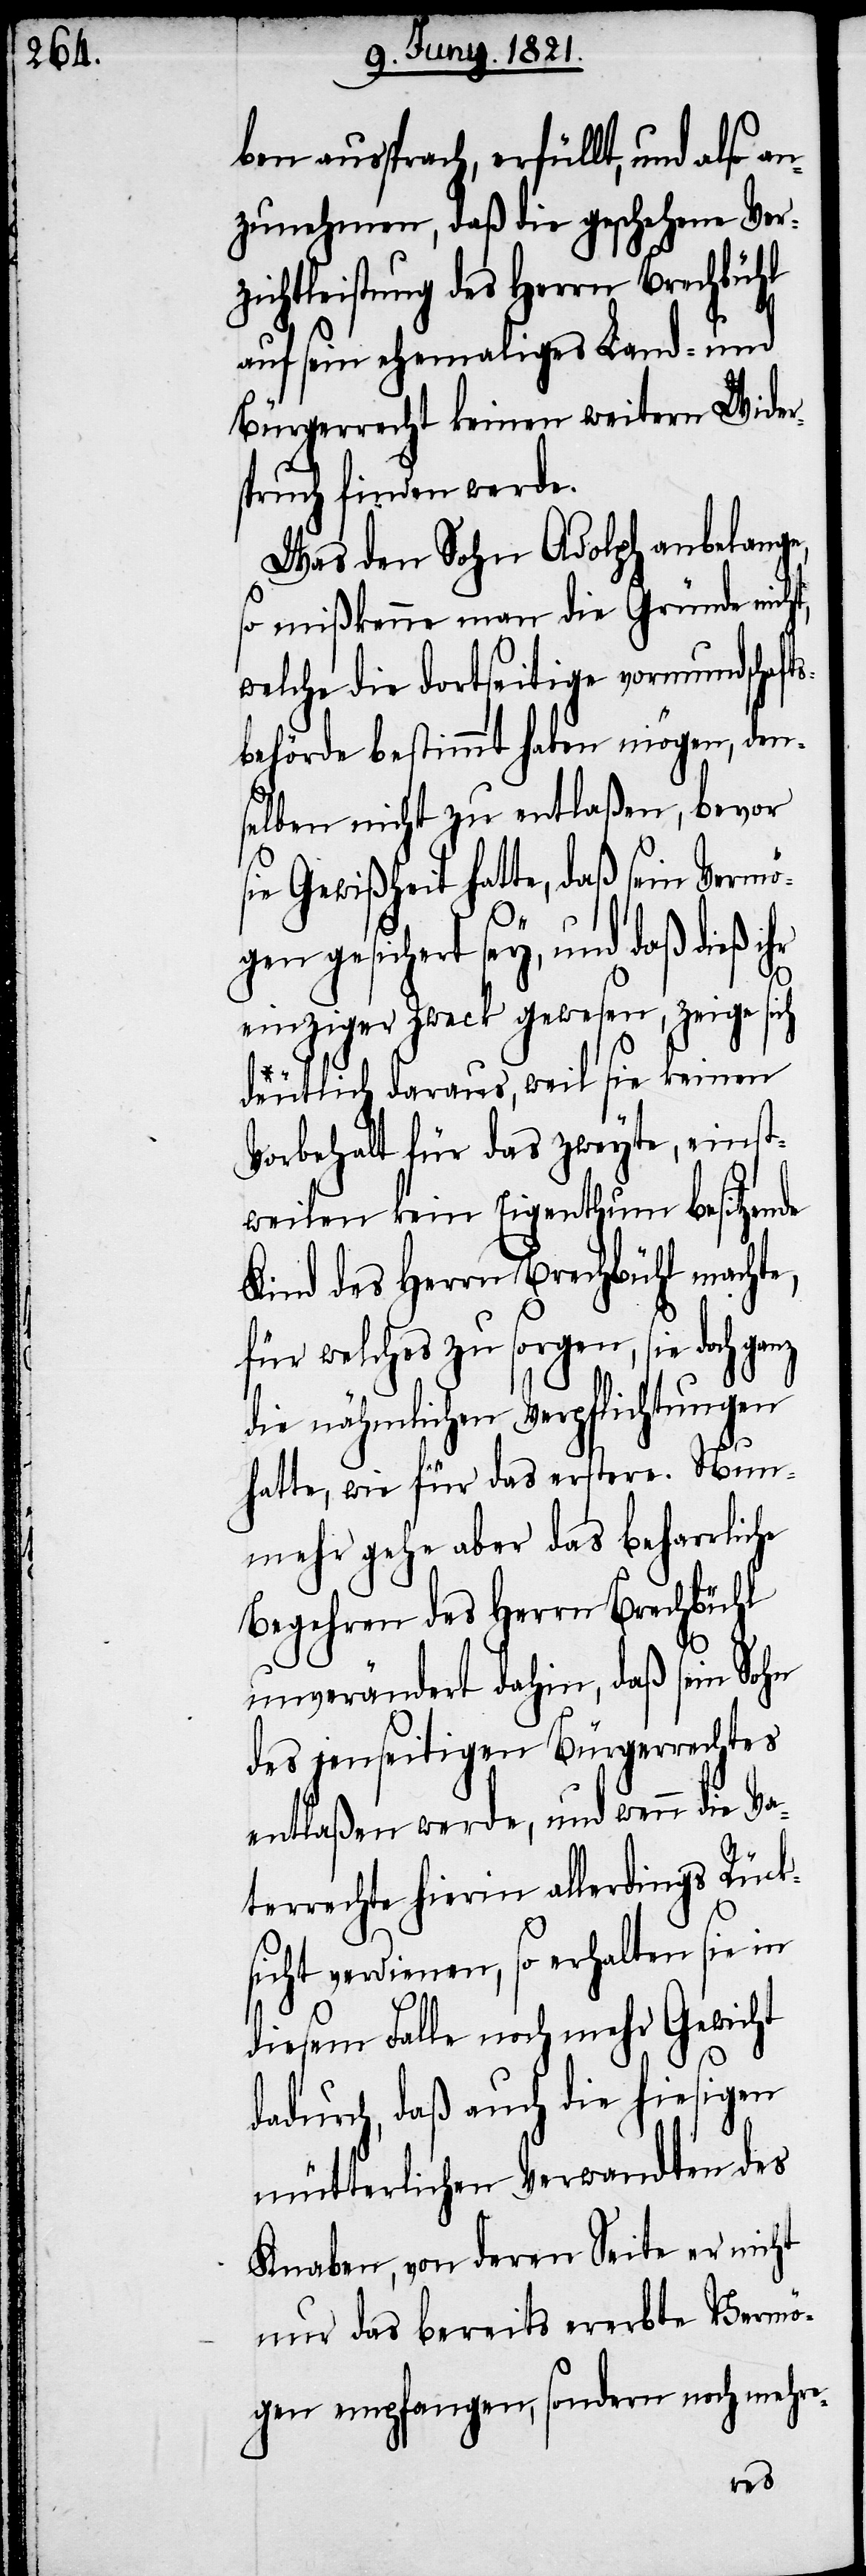
ben aussprach, erfüllt, und also an¬
zunehmen, daß die geschehene Ver¬
tleistung des Herrn Brechbü¬
auf sein ehemaliges Land- und
Bürgerrecht keinen weitern Wider¬
spruch finden werde.
Was den Sohn Adolph anbelange,
mißkenne man die Gründe nich¬
welche die dortseitige Vormundschaf¬
behörde bestimmt haben mögen, den¬
selben nicht zu entlaßen, bevor
sie Gewißheit hatte, daß sein Vermö¬
gen gesichert sey, und daß dieß ihr
anz
einziger Zweck gewesen, zeige
deutlich daraus, weil sie keinen
Vorbehalt für das zweyte, einst¬
weilen kein Eigenthum besitzende
Kind des Herrn Brechbühl machte,
für welches zu sorgen, sie doch g¬
die nähmlichen Verpflichtungen
hatte, wie für das erstere. Nun¬
mehr gehe aber das beharrliche
Begehren des Herrn Brechbühl
unverändert dahin, daß sein Sohn
des jenseitigen Bürgerrechtes
entlaßen werde, und wenn die Va¬
terrechte hierin allerdings Rück¬
sicht verdienen, so erhalten sie in
diesem Falle noch mehr Gewicht
dadurch, daß auch die hiesigen
mütterlichen Verwandten des
Knaben, von deren Seite er nicht
nur das bereits ererbte Vermö¬
gen empfangen, sondern noch mehre-